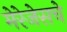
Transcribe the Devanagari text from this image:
मेरेजेसचे